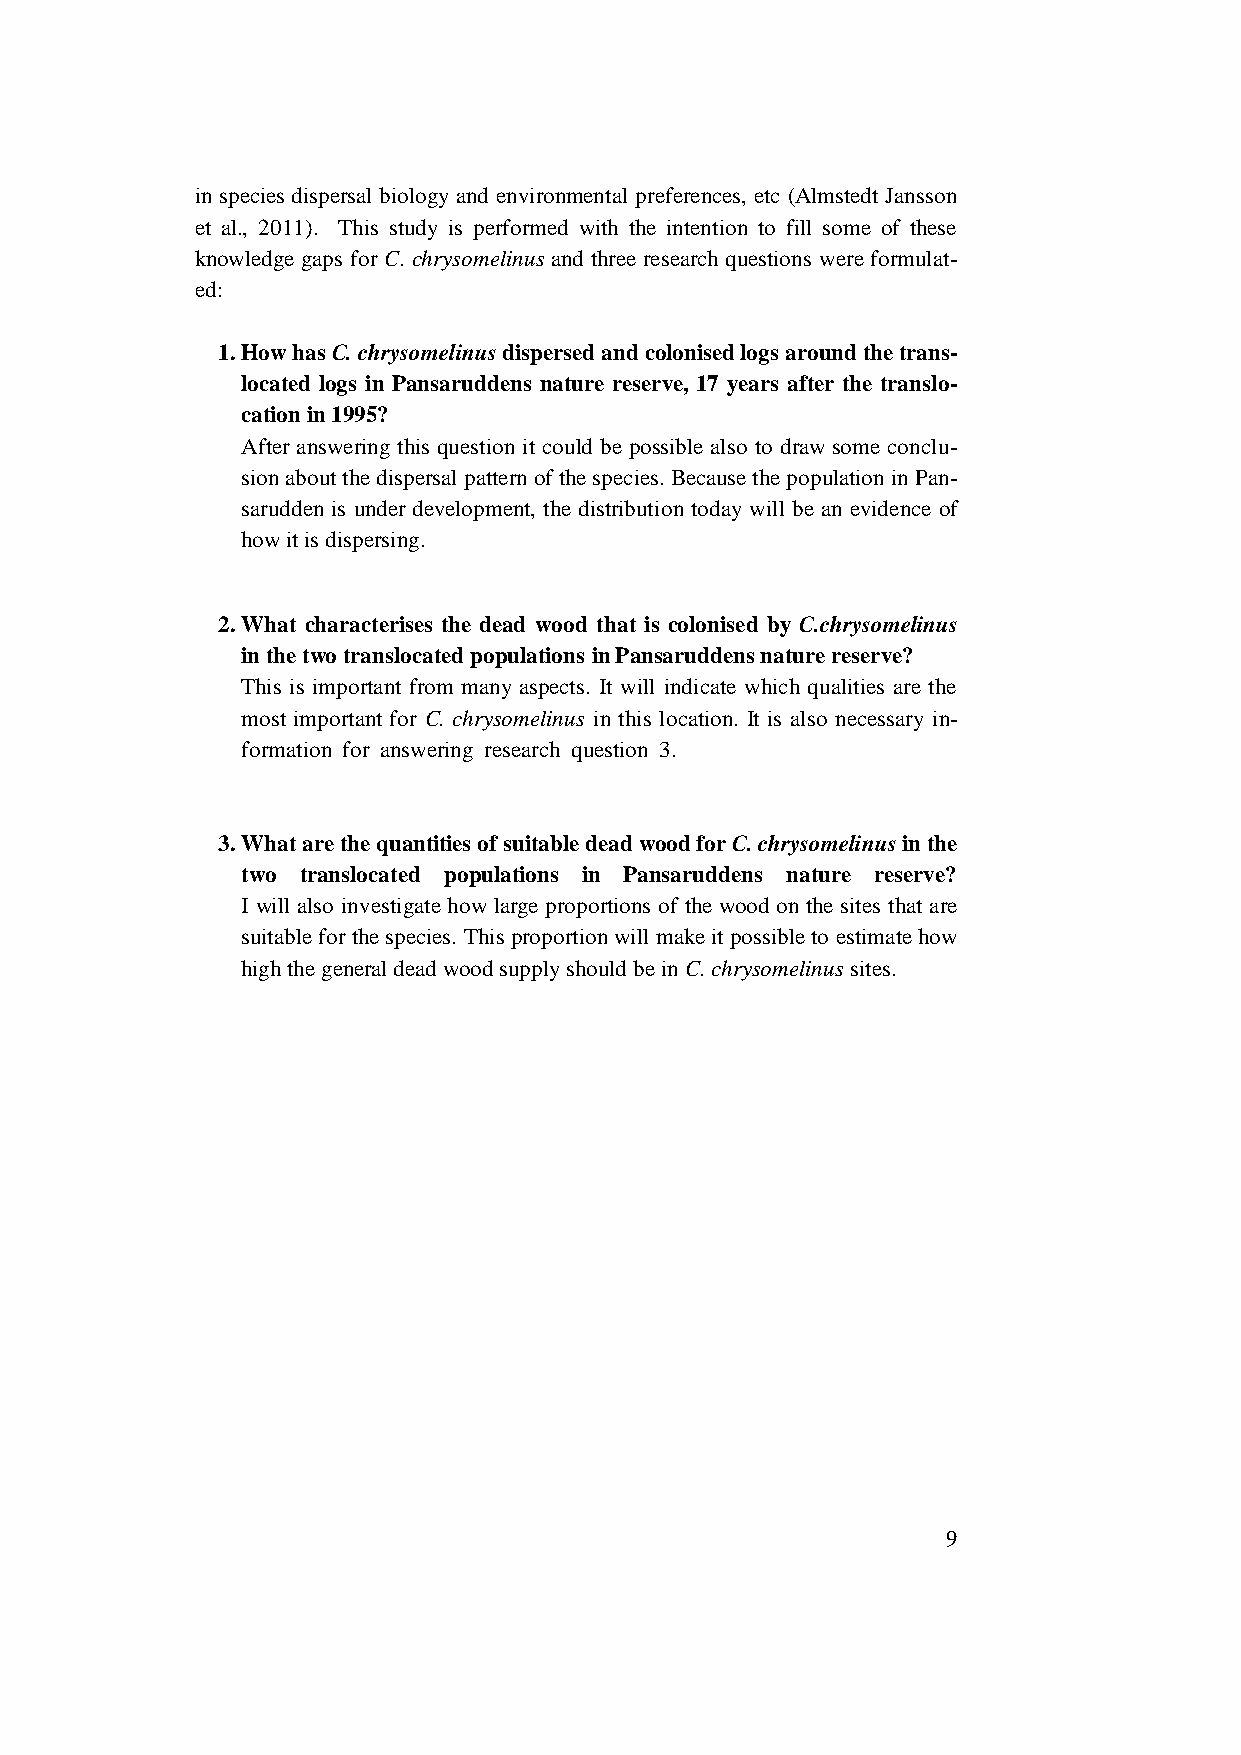
in species dispersal biology and environmental preferences, etc (Almstedt Jansson
 et al., 2011). This study is performed with the intention to fill some of these
 knowledge gaps for C. chrysomelinus and three research questions were formulat-
 ed:
 1. How has C. chrysomelinus dispersed and colonised logs around the trans-
 located logs in Pansaruddens nature reserve, 17 years after the translo-
 cation in 1995?
 After answering this question it could be possible also to draw some conclu-
 sion about the dispersal pattern of the species. Because the population in Pan-
 sarudden is under development, the distribution today will be an evidence of
 how it is dispersing.
 2. What characterises the dead wood that is colonised by C.chrysomelinus
 in the two translocated populations in Pansaruddens nature reserve?
 This is important from many aspects. It will indicate which qualities are the
 most important for C. chrysomelinus in this location. It is also necessary in-
 formation for answering research question 3.   .
 3. What are the quantities of suitable dead wood for C. chrysomelinus in the
 two translocated populations in Pansaruddens nature reserve?
 I will also investigate how large proportions of the wood on the sites that are
 suitable for the species. This proportion will make it possible to estimate how
 high the general dead wood supply should be in C. chrysomelinus sites.
 9